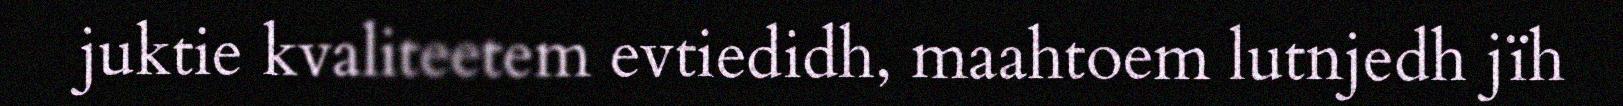
juktie kvaliteetem evtiedidh, maahtoem lutnjedh jïh